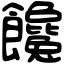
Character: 饞